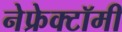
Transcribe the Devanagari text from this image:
नेफ्रेक्टॉमी